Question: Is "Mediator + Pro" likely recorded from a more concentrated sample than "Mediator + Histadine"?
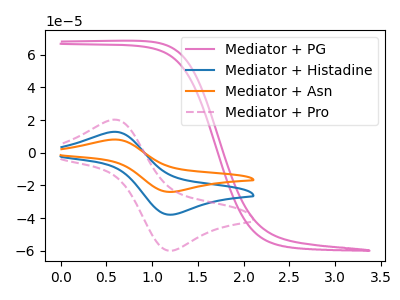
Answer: <think>The pink curve "Mediator + PG" has no peaks. The blue curve "Mediator + Histadine" has an anodic peak at (0.60V, 12.80uA) and a cathodic peak at (1.20V, -37.90uA). The orange curve "Mediator + Asn" has an anodic peak at (0.60V, 25.60uA) and a cathodic peak at (1.20V, -75.80uA). The pink dashed curve "Mediator + Pro" has an anodic peak at (0.60V, 20.25uA) and a cathodic peak at (1.20V, -59.95uA).
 All the peaks in "Mediator + Pro" have a peak in "Mediator + Histadine" at the same potential. Every peak in "Mediator + Pro" is higher than every peak in "Mediator + Histadine".</think>
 <answer>"Mediator + Pro" has more signal than "Mediator + Histadine".</answer>
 <eval>more_signal</eval>